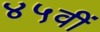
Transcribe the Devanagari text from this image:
४५वीं